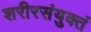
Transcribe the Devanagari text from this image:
शरीरसंयुक्तं